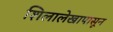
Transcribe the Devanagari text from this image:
शिलालेखापासून